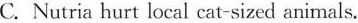
C. Nutria hurt local cat-sized animals.